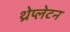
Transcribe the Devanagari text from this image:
थ्रेप्लेटन